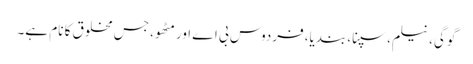
گوگی، نیلم، سپنا، بندیا، فردوس بی اے اور مٹھو، جس مخلوق کا نام ہے۔